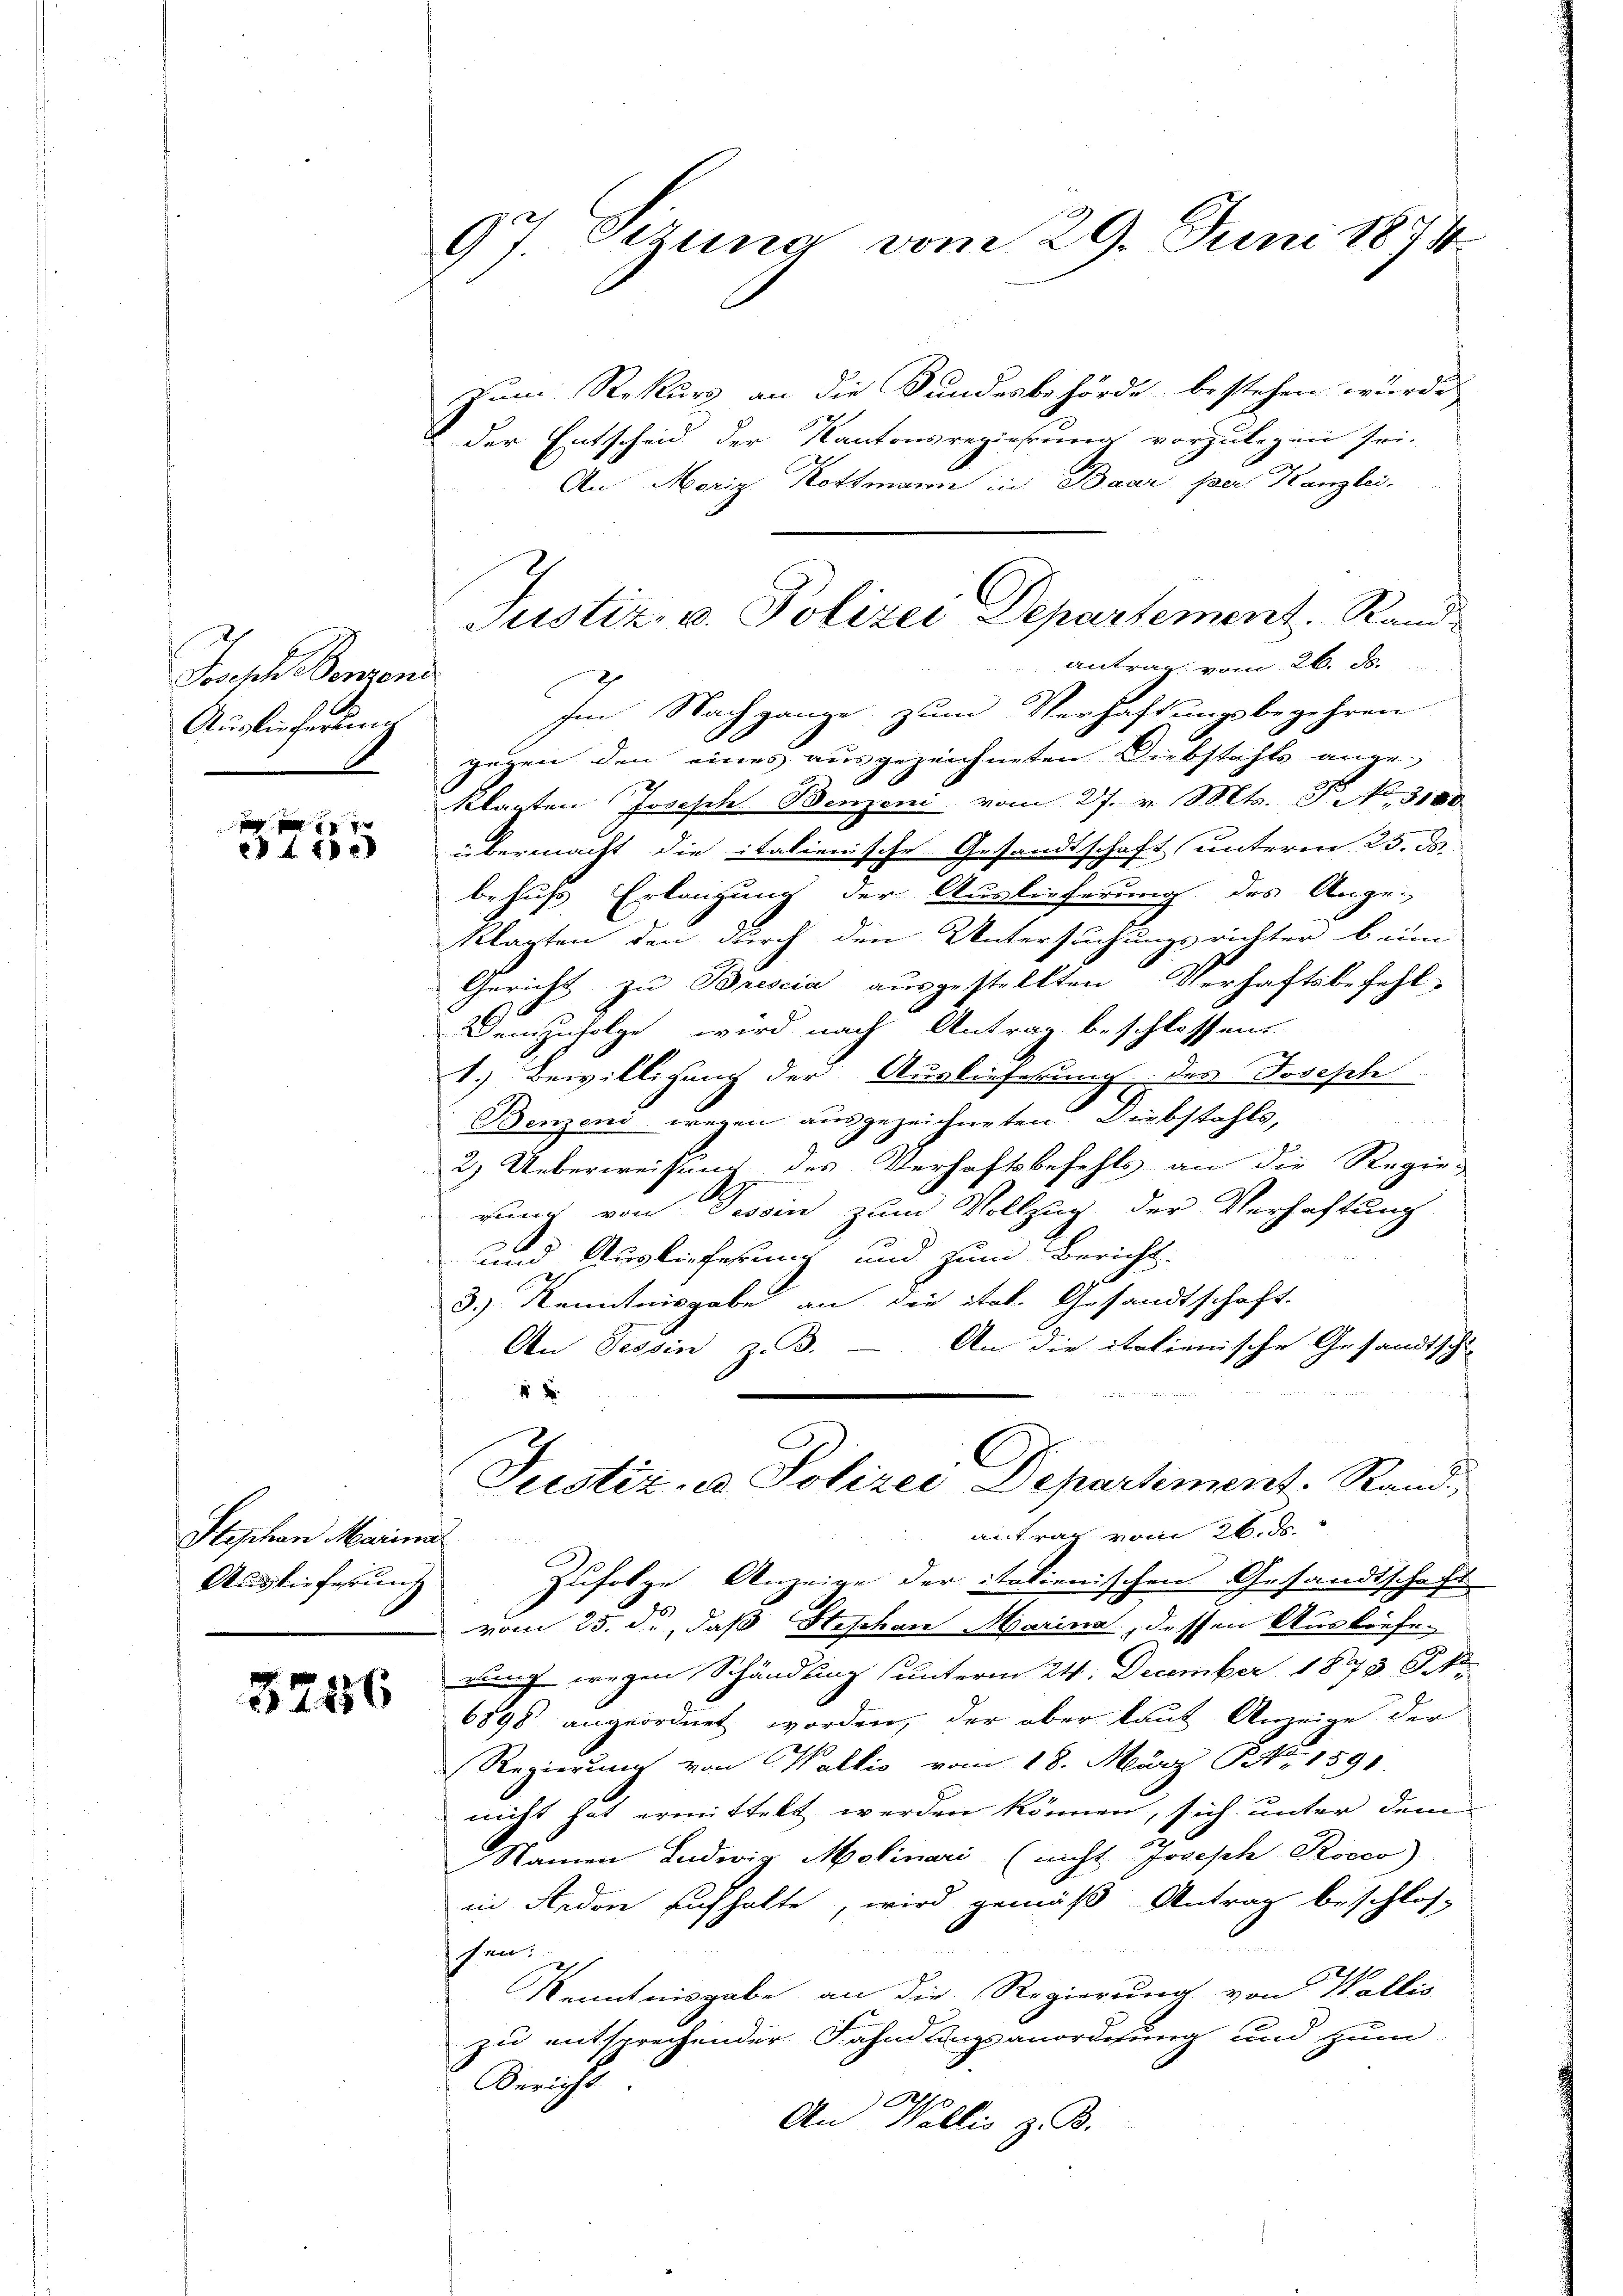
Joche Benend
Auslieferung

7
28 f. 102

Styschen Marina
Auslieferung

3256

97 Dezung vom 29. Juni 1874.

zum Rekurs an die Kundesbehörde bestehen wurde
der Entscheid der Kantonsregierung vorzulegen sei.
An Morig Kottmann in Baar. per Kanzlei
gegen den eines ausgezeichneten Diebstahls ange-
klagten Joseph Benzen vom 27. v. Mts. S. 3100.
übermacht die italienische Gesandtschaft unterm 25. ds.
behufs Erlangung der Auslieferung des Ange-
klagten den durch den Untersuchungsrichter beim
Gericht zu Brescia ausgestellten Verhaftsbefehl-
Demzufolge wird nach Antrag beschlossens.
1.) Bewilligung der Auslieferung des Joseph
Benzend wegen ausgezeichneten. Diebstahls,
2) Ueberweisung des Verhaftsbefehls an die Regie-
run von Tessin zum Vollzug der Verhaftung
und Auslieferung und zum Bericht.
3.) Kenntnisgabe an die ital. Gesandtschaft.
An die italienische Gesandtschl
An Tessin, z. B.

Justiz- & Polizei Departement. Stand,
antrag vom 26. ds.
Zufolge Anzeige der italienischen Gesandtschaft
vom 25. d., daß Steschen Marina dessen Auslieferung wegen Schändung (unterm 24. December 1873 Sek
6898 angeordnet worden, der aber laut Anzeige der
Regierung von Wallis vom 18. März Nr. 1591
macht hat ermittelt werden können, sich unter dem
Namen Ludwig Molinari (nicht Joseph Rocco)
in Anden sich halte, wird gemäß Antrag beschlos
hen:
Kenntnisgabe an die Regierung von Wallis
zu entsprechender Fahndungsanordnung und zum
Bericht
An Wallis z. B.

Justiz u. Polizei Departement. Rand
antrag vom 26. d.
Im Nachgange, zum Verhaftungsbegehren